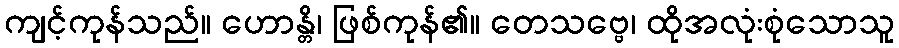
ကျင့်ကုန်သည်။ ဟောန္တိ၊ ဖြစ်ကုန်၏။ တေသဗ္ဗေ၊ ထိုအလုံးစုံသောသူ